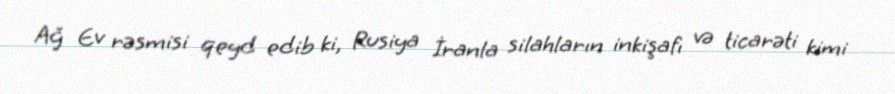
Ağ Ev rəsmisi qeyd edib ki, Rusiya İranla silahların inkişafı və ticarəti kimi